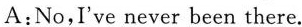
A:No,I've never been there.